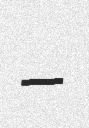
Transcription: –